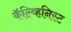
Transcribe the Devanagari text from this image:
कॅल्व्हिनिस्ट